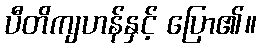
ပီတိကျဟန်နှင့် ပြော၏။